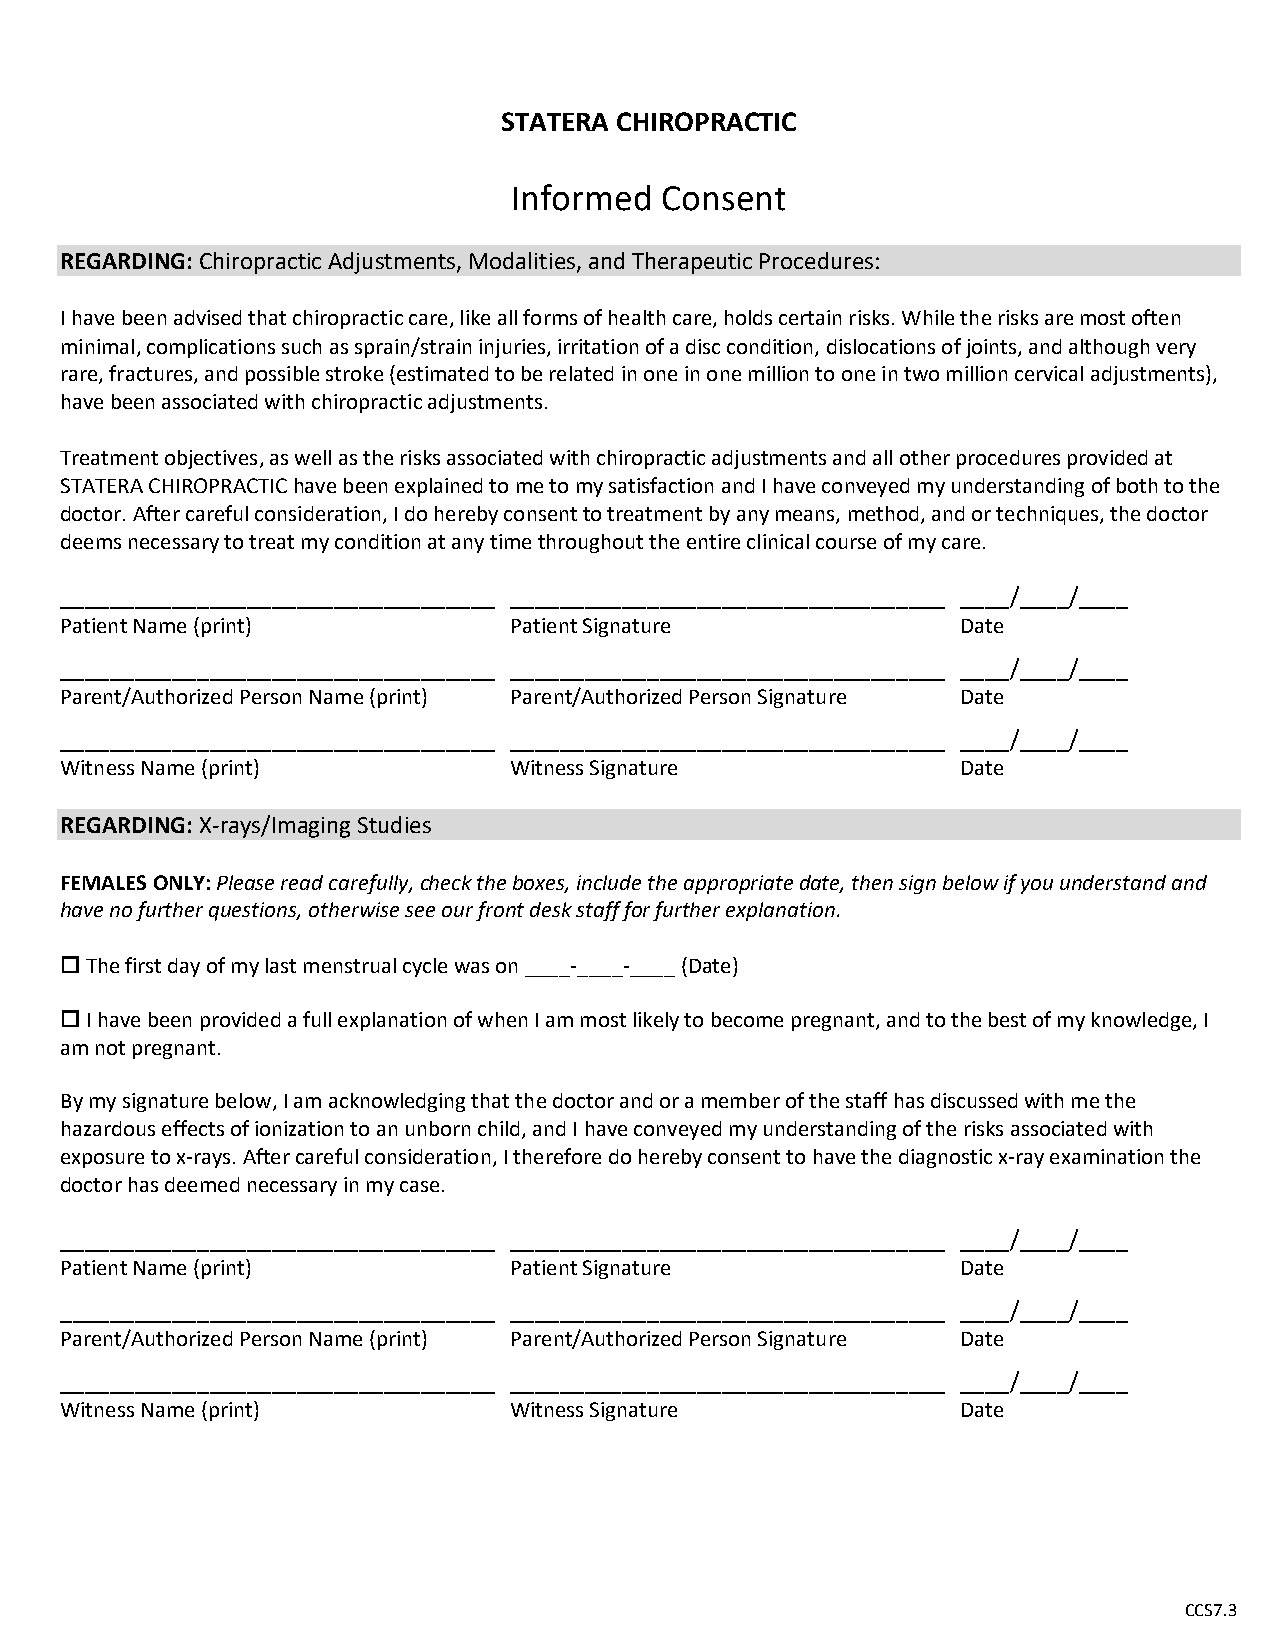
STATERA CHIROPRACTIC
 Informed  Consent
 REGARDING: Chiropractic Adjustments, Modalities, and Therapeutic Procedures:
 I have been advised that chiropractic care, like all forms of health care, holds certain risks. While the risks are most often
 minimal, complications such as sprain/strain injuries, irritation of a disc condition, dislocations of joints, and although very
 rare, fractures, and possible stroke (estimated to be related in one in one million to one in two million cervical adjustments),
 have been associated with chiropractic adjustments.
 Treatment objectives, as well as the risks associated with chiropractic adjustments and all other procedures provided at
 STATERA CHIROPRACTIC have been explained to me to my satisfaction and I have conveyed my understanding of both to the
 doctor. After careful consideration, I do hereby consent to treatment by any means, method, and or techniques, the doctor
 deems necessary to treat my condition at any time throughout the entire clinical course of my care.
 ___________________________________ ___________________________________ ____/____/____
 Patient Name (print)          Patient Signature             Date
 ___________________________________ ___________________________________ ____/____/____
 Parent/Authorized Person Name (print) Parent/Authorized Person Signature Date
 ___________________________________ ___________________________________ ____/____/____
 Witness Name (print)          Witness Signature             Date
 REGARDING: X-rays/Imaging Studies
 FEMALES ONLY: Please read carefully, check the boxes, include the appropriate date, then sign below if you understand and
 have no further questions, otherwise see our front desk staff for further explanation.
  The first day of my last menstrual cycle was on ____-____-____ (Date)
  I have been provided a full explanation of when I am most likely to become pregnant, and to the best of my knowledge, I
 am not pregnant.
 By my signature below, I am acknowledging that the doctor and or a member of the staff has discussed with me the
 hazardous effects of ionization to an unborn child, and I have conveyed my understanding of the risks associated with
 exposure to x-rays. After careful consideration, I therefore do hereby consent to have the diagnostic x-ray examination the
 doctor has deemed necessary in my case.
 ___________________________________ ___________________________________ ____/____/____
 Patient Name (print)          Patient Signature             Date
 ___________________________________ ___________________________________ ____/____/____
 Parent/Authorized Person Name (print) Parent/Authorized Person Signature Date
 ___________________________________ ___________________________________ ____/____/____
 Witness Name (print)          Witness Signature             Date
 CCS7.3